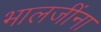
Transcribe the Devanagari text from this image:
भालजींना